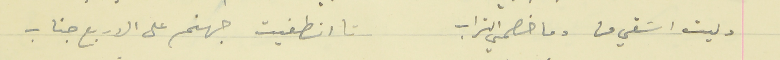
وليت اسَقي منا وما خصمي التراب                    تا انطفيت جهنم على الاربع جناب